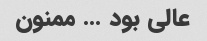
عالی بود … ممنون